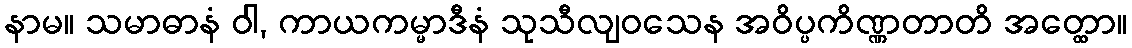
နာမ။ သမာဓာနံ ဝါ, ကာယကမ္မာဒီနံ သုသီလျဝသေန အဝိပ္ပကိဏ္ဏတာတိ အတ္ထော။